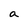
Character: a